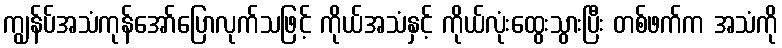
ကျွန်ပ်အသံကုန်အော်ပြောလုက်သဖြင့် ကိုယ်အသံနှင့် ကိုယ်လုံးထွေးသွားပြီး တစ်ဖက်က အသံကို